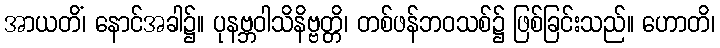
အာယတိံ၊ နောင်အခါ၌။ ပုနဗ္ဘဝါသိနိဗ္ဗတ္တိ၊ တစ်ဖန်ဘဝသစ်၌ ဖြစ်ခြင်းသည်။ ဟောတိ၊